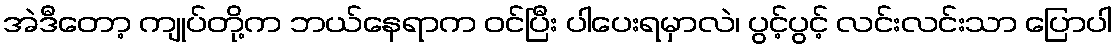
အဲဒီတော့ ကျုပ်တို့က ဘယ်နေရာက ဝင်ပြီး ပါပေးရမှာလဲ၊ ပွင့်ပွင့် လင်းလင်းသာ ပြောပါ